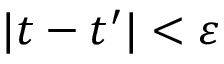
| t - t ^ { \prime } | < \varepsilon